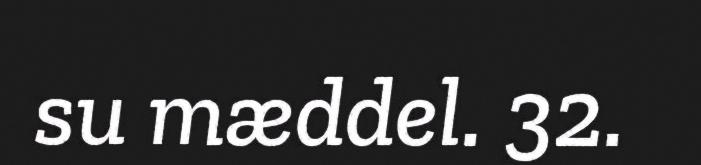
su mæddel. 32.